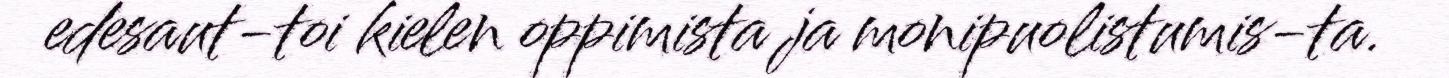
edesaut-toi kielen oppimista ja monipuolistumis-ta.